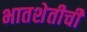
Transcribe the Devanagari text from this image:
भातशेतीची